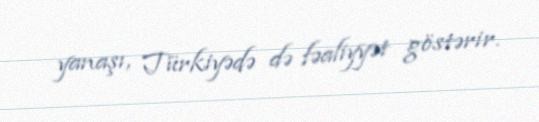
yanaşı, Türkiyədə də fəaliyyət göstərir.